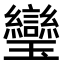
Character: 𤫜